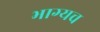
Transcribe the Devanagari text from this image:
भाग्यच